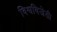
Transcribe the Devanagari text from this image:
विश्वविजेती